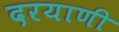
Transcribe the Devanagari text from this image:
दरयाणी